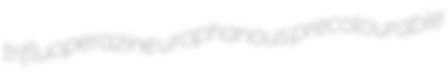
trifluoperazine urophanous precolourable